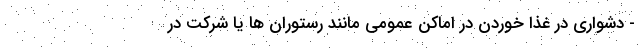
- دشواری در غذا خوردن در اماکن عمومی مانند رستوران ها یا شرکت در